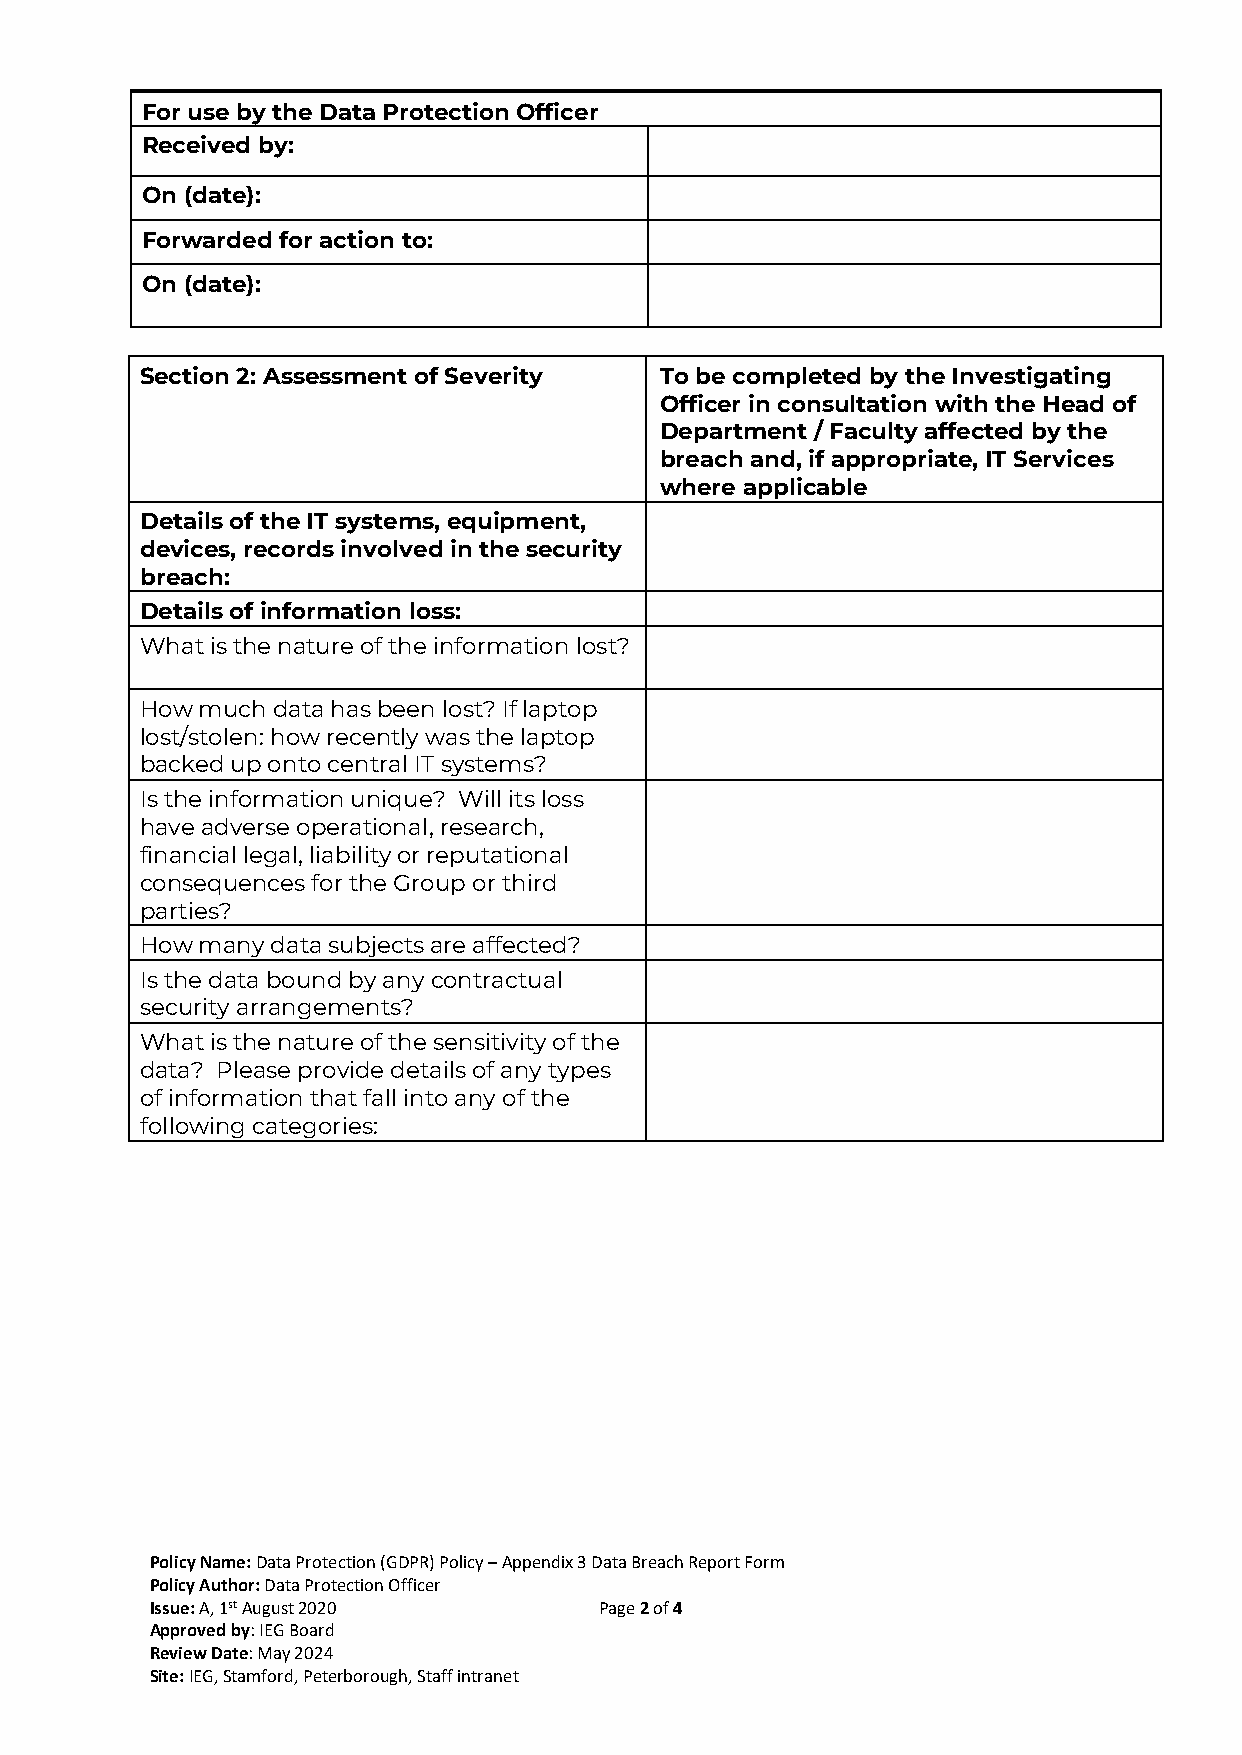
For use by the Data Protection Officer
 Received by:
 On (date):
 Forwarded for action to:
 On (date):
 Section 2: Assessment of Severity  To be completed by the Investigating
 Officer in consultation with the Head of
 Department / Faculty affected by the
 breach and, if appropriate, IT Services
 where applicable
 Details of the IT systems, equipment,
 devices, records involved in the security
 breach:
 Details of information loss:
 What is the nature of the information lost?
 How much data has been lost? If laptop
 lost/stolen: how recently was the laptop
 backed up onto central IT systems?
 Is the information unique? Will its loss
 have adverse operational, research,
 financial legal, liability or reputational
 consequences for the Group or third
 parties?
 How many data subjects are affected?
 Is the data bound by any contractual
 security arrangements?
 What is the nature of the sensitivity of the
 data? Please provide details of any types
 of information that fall into any of the
 following categories:
 Policy Name: Data Protection (GDPR) Policy – Appendix 3 Data Breach Report Form
 Policy Author: Data Protection Officer
 Issue: A, 1st August 2020     Page 2 of 4
 Approved by: IEG Board
 Review Date: May 2024
 Site: IEG, Stamford, Peterborough, Staff intranet